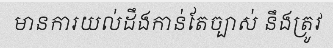
មានការយល់ដឹងកាន់តែច្បាស់ នឹងត្រូវ